Indian journal of veterinary science and animal husbandry - Volume 9,
Year: 1939
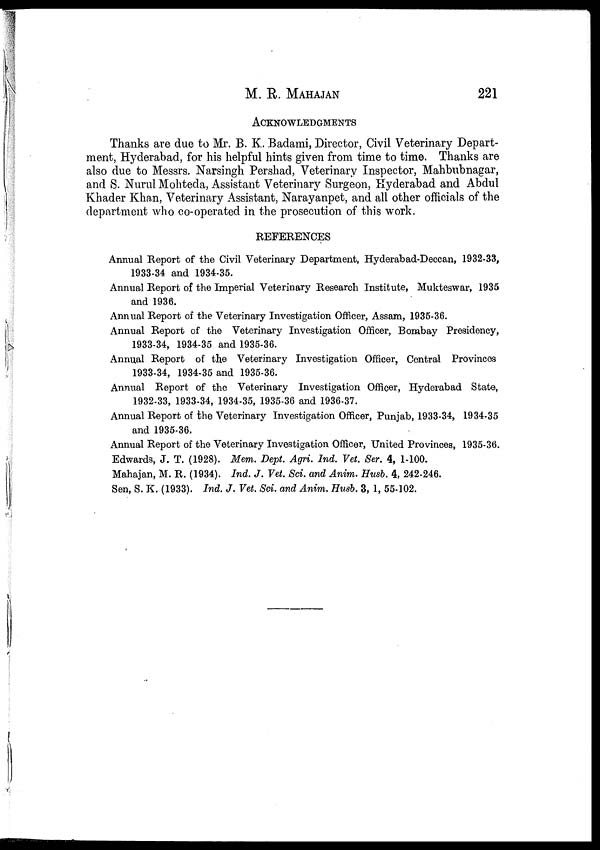
M. R.
MAHAJAN
221
ACKNOWLEDGMENTS
Thanks are due to Mr. B. K. Badami, Director, Civil Veterinary Depart-
ment, Hyderabad, for his helpful hints given from time to time. Thanks are
also due to Messrs. Narsingh Pershad, Veterinary Inspector, Mahbubnagar,
and S. Nurul Mohteda, Assistant Veterinary Surgeon, Hyderabad and Abdul
Khader Khan, Veterinary Assistant, Narayanpet, and all other officials of the
department who co-operated in the prosecution of this work.
REFERENCES
Annual Report of the Civil Veterinary Department, Hyderabad-Deccan, 1932-33,
1933-34 and 1934-35.
Annual Report of the Imperial Veterinary Research Institute, Mukteswar, 1935
and 1936.
Annual Report of the Veterinary Investigation Officer, Assam, 1935-36.
Annual Report of the Veterinary Investigation Officer, Bombay Presidency,
1933-34, 1934-35 and 1935-36.
Annual Report of the Veterinary Investigation Officer, Central Provinces
1933-34, 1934-35 and 1935-36.
Annual Report of the Veterinary Investigation Officer, Hyderabad State,
1932-33, 1933-34, 1934-35, 1935-36 and 1936-37.
Annual Report of the Veterinary Investigation Officer, Punjab, 1933-34, 1934-35
and 1935-36.
Annual Report of the Veterinary Investigation Officer, United Provinces, 1935-36.
Edwards, J. T. (1928). Mem. Dept. Agri. Ind. Vet. Ser. 4, 1-100.
Mahajan, M. R, (1934). Ind. J. Vet. Sci. and Anim. Husb. 4, 242-246.
Sen, S. K. (1933). Ind. J. Vet. Sci. and Anim. Husb. 3, 1, 55-102.